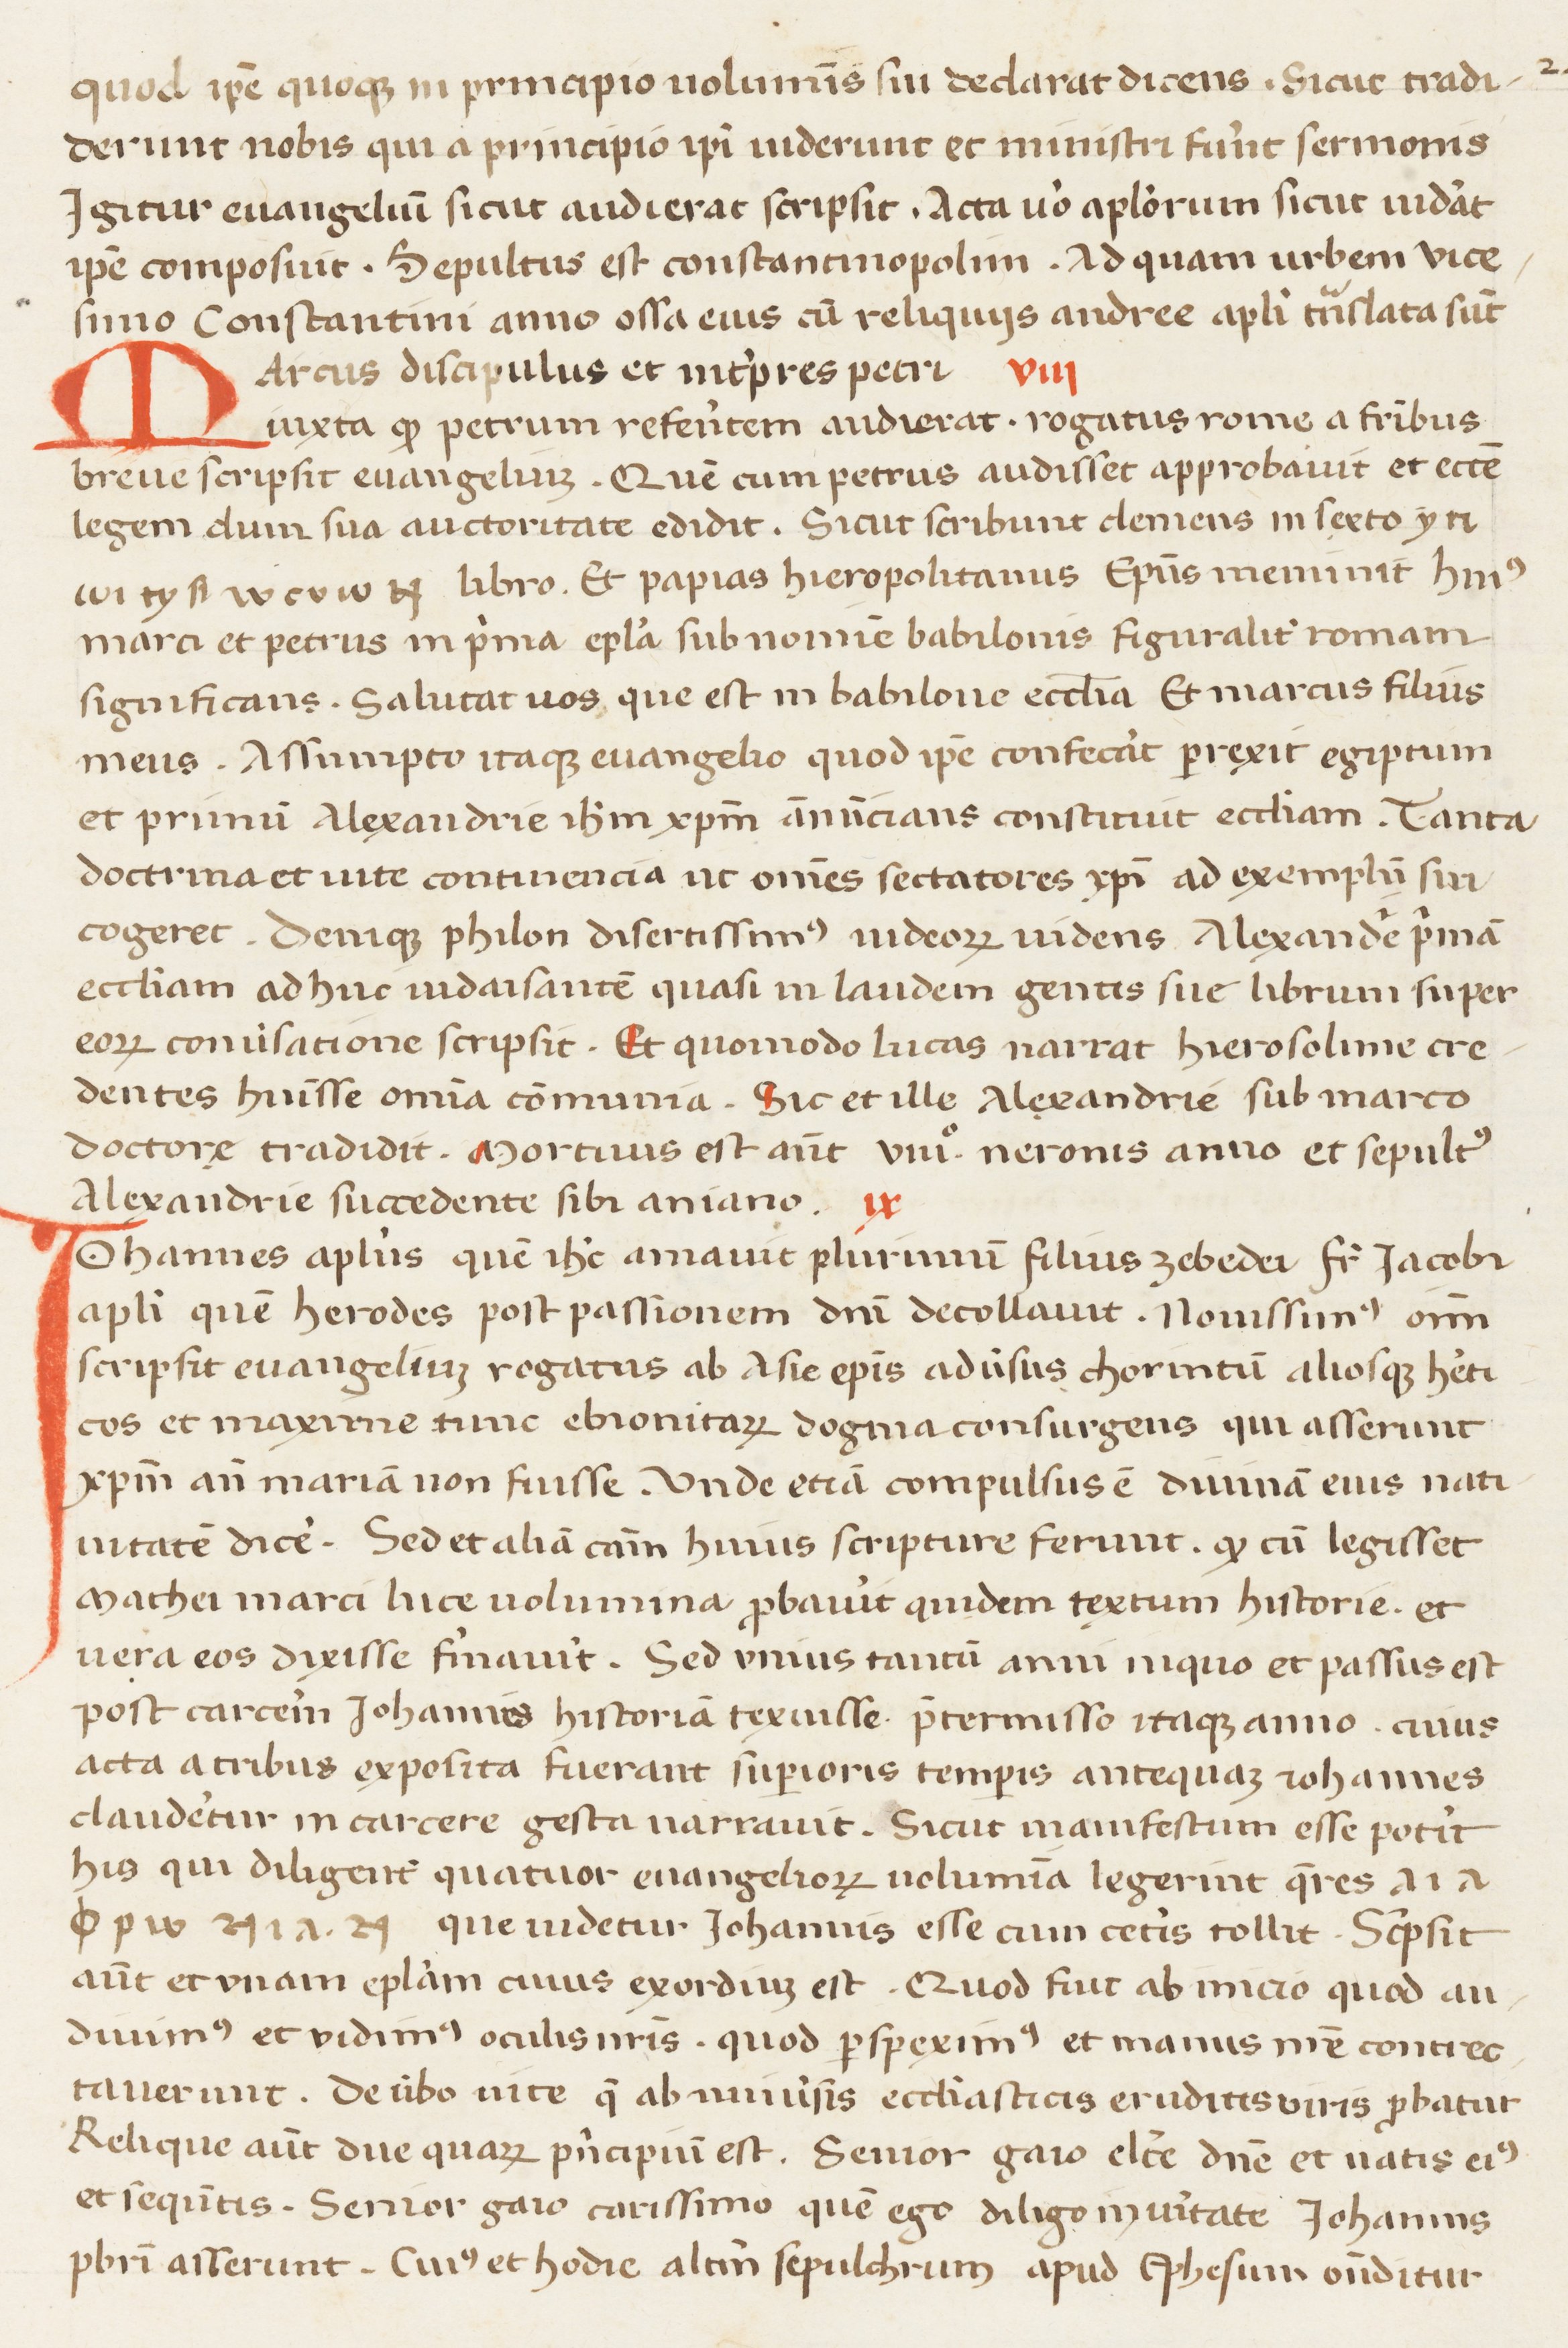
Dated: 1400–1599